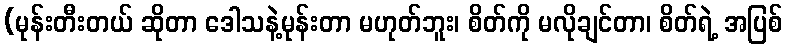
(မုန်းတီးတယ် ဆိုတာ ဒေါသနဲ့မုန်းတာ မဟုတ်ဘူး၊ စိတ်ကို မလိုချင်တာ၊ စိတ်ရဲ့ အပြစ်